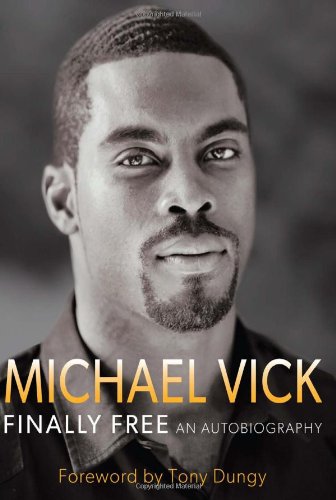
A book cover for Finally Free; Michael Vick; Biographies & Memoirs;